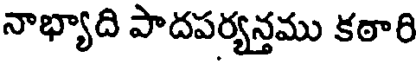
నాభ్యాది పాదపర్యన్తము కఠారి